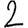
Digit: 2